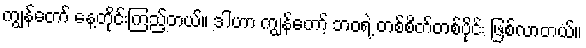
ကျွန်တော် နေ့တိုင်းကြည့်တယ်။ ဒါဟာ ကျွန်တော့် ဘဝရဲ့ တစ်စိတ်တစ်ပိုင်း ဖြစ်လာတယ်။